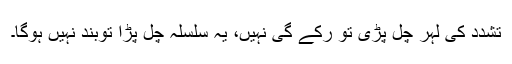
تشدد کی لہر چل پڑی تو رکے گی نہیں، یہ سلسلہ چل پڑا توبند نہیں ہوگا۔